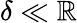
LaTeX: \delta\ll\mathbb{R}